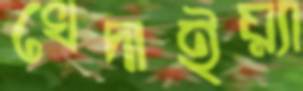
খেদাইয়্যা